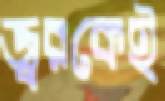
জ্বরকেই